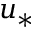
u _ { * }